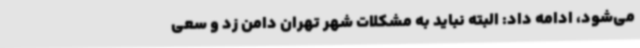
می‌شود، ادامه داد: البته نباید به مشکلات شهر تهران دامن زد و سعی